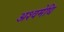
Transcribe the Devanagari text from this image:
अश्वमेधि